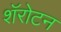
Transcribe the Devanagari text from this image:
शॅरोटन